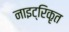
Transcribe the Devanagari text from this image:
नाइट्रिकृत